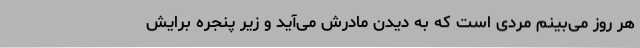
هر روز می‌بینم مردی است که به دیدن مادرش می‌آید و زیر پنجره برایش